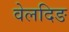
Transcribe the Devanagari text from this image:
वेलदिङ